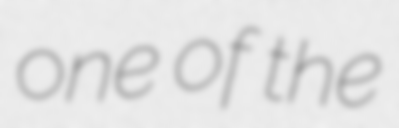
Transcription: one of the